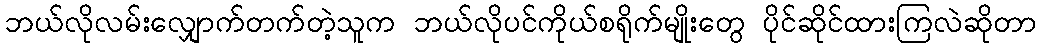
ဘယ်လိုလမ်းလျှောက်တက်တဲ့သူက ဘယ်လိုပင်ကိုယ်စရိုက်မျိုးတွေ ပိုင်ဆိုင်ထားကြလဲဆိုတာ